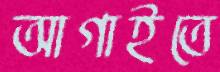
আগাইতে